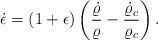
LaTeX: \begin{align*}\dot{\epsilon}=(1+\epsilon)\left({\dot{\varrho}\over\varrho}-{\dot{\varrho}_c\over\varrho_c}\right).\end{align*}